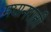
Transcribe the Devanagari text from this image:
मद्यानराती